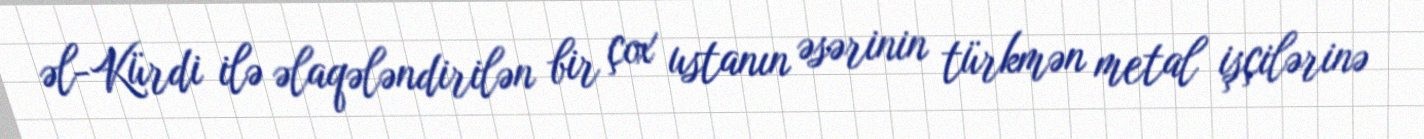
əl-Kürdi ilə əlaqələndirilən bir çox ustanın əsərinin türkmən metal işçilərinə